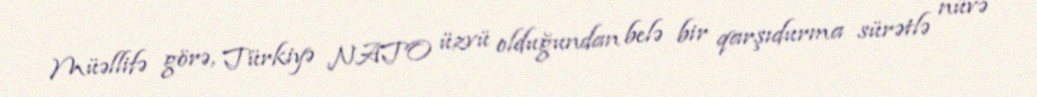
Müəllifə görə, Türkiyə NATO üzvü olduğundan belə bir qarşıdurma sürətlə nüvə